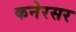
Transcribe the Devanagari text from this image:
कनेरसर